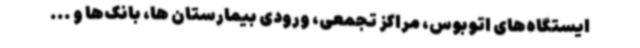
ایستگاه‌های اتوبوس، مراکز تجمعی، ورودی بیمارستان ها، بانک‌ها و ...